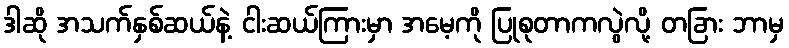
ဒါဆို အသက်နှစ်ဆယ်နဲ့ ငါးဆယ်ကြားမှာ အမေ့ကို ပြုစုတာကလွဲလို့ တခြား ဘာမှ